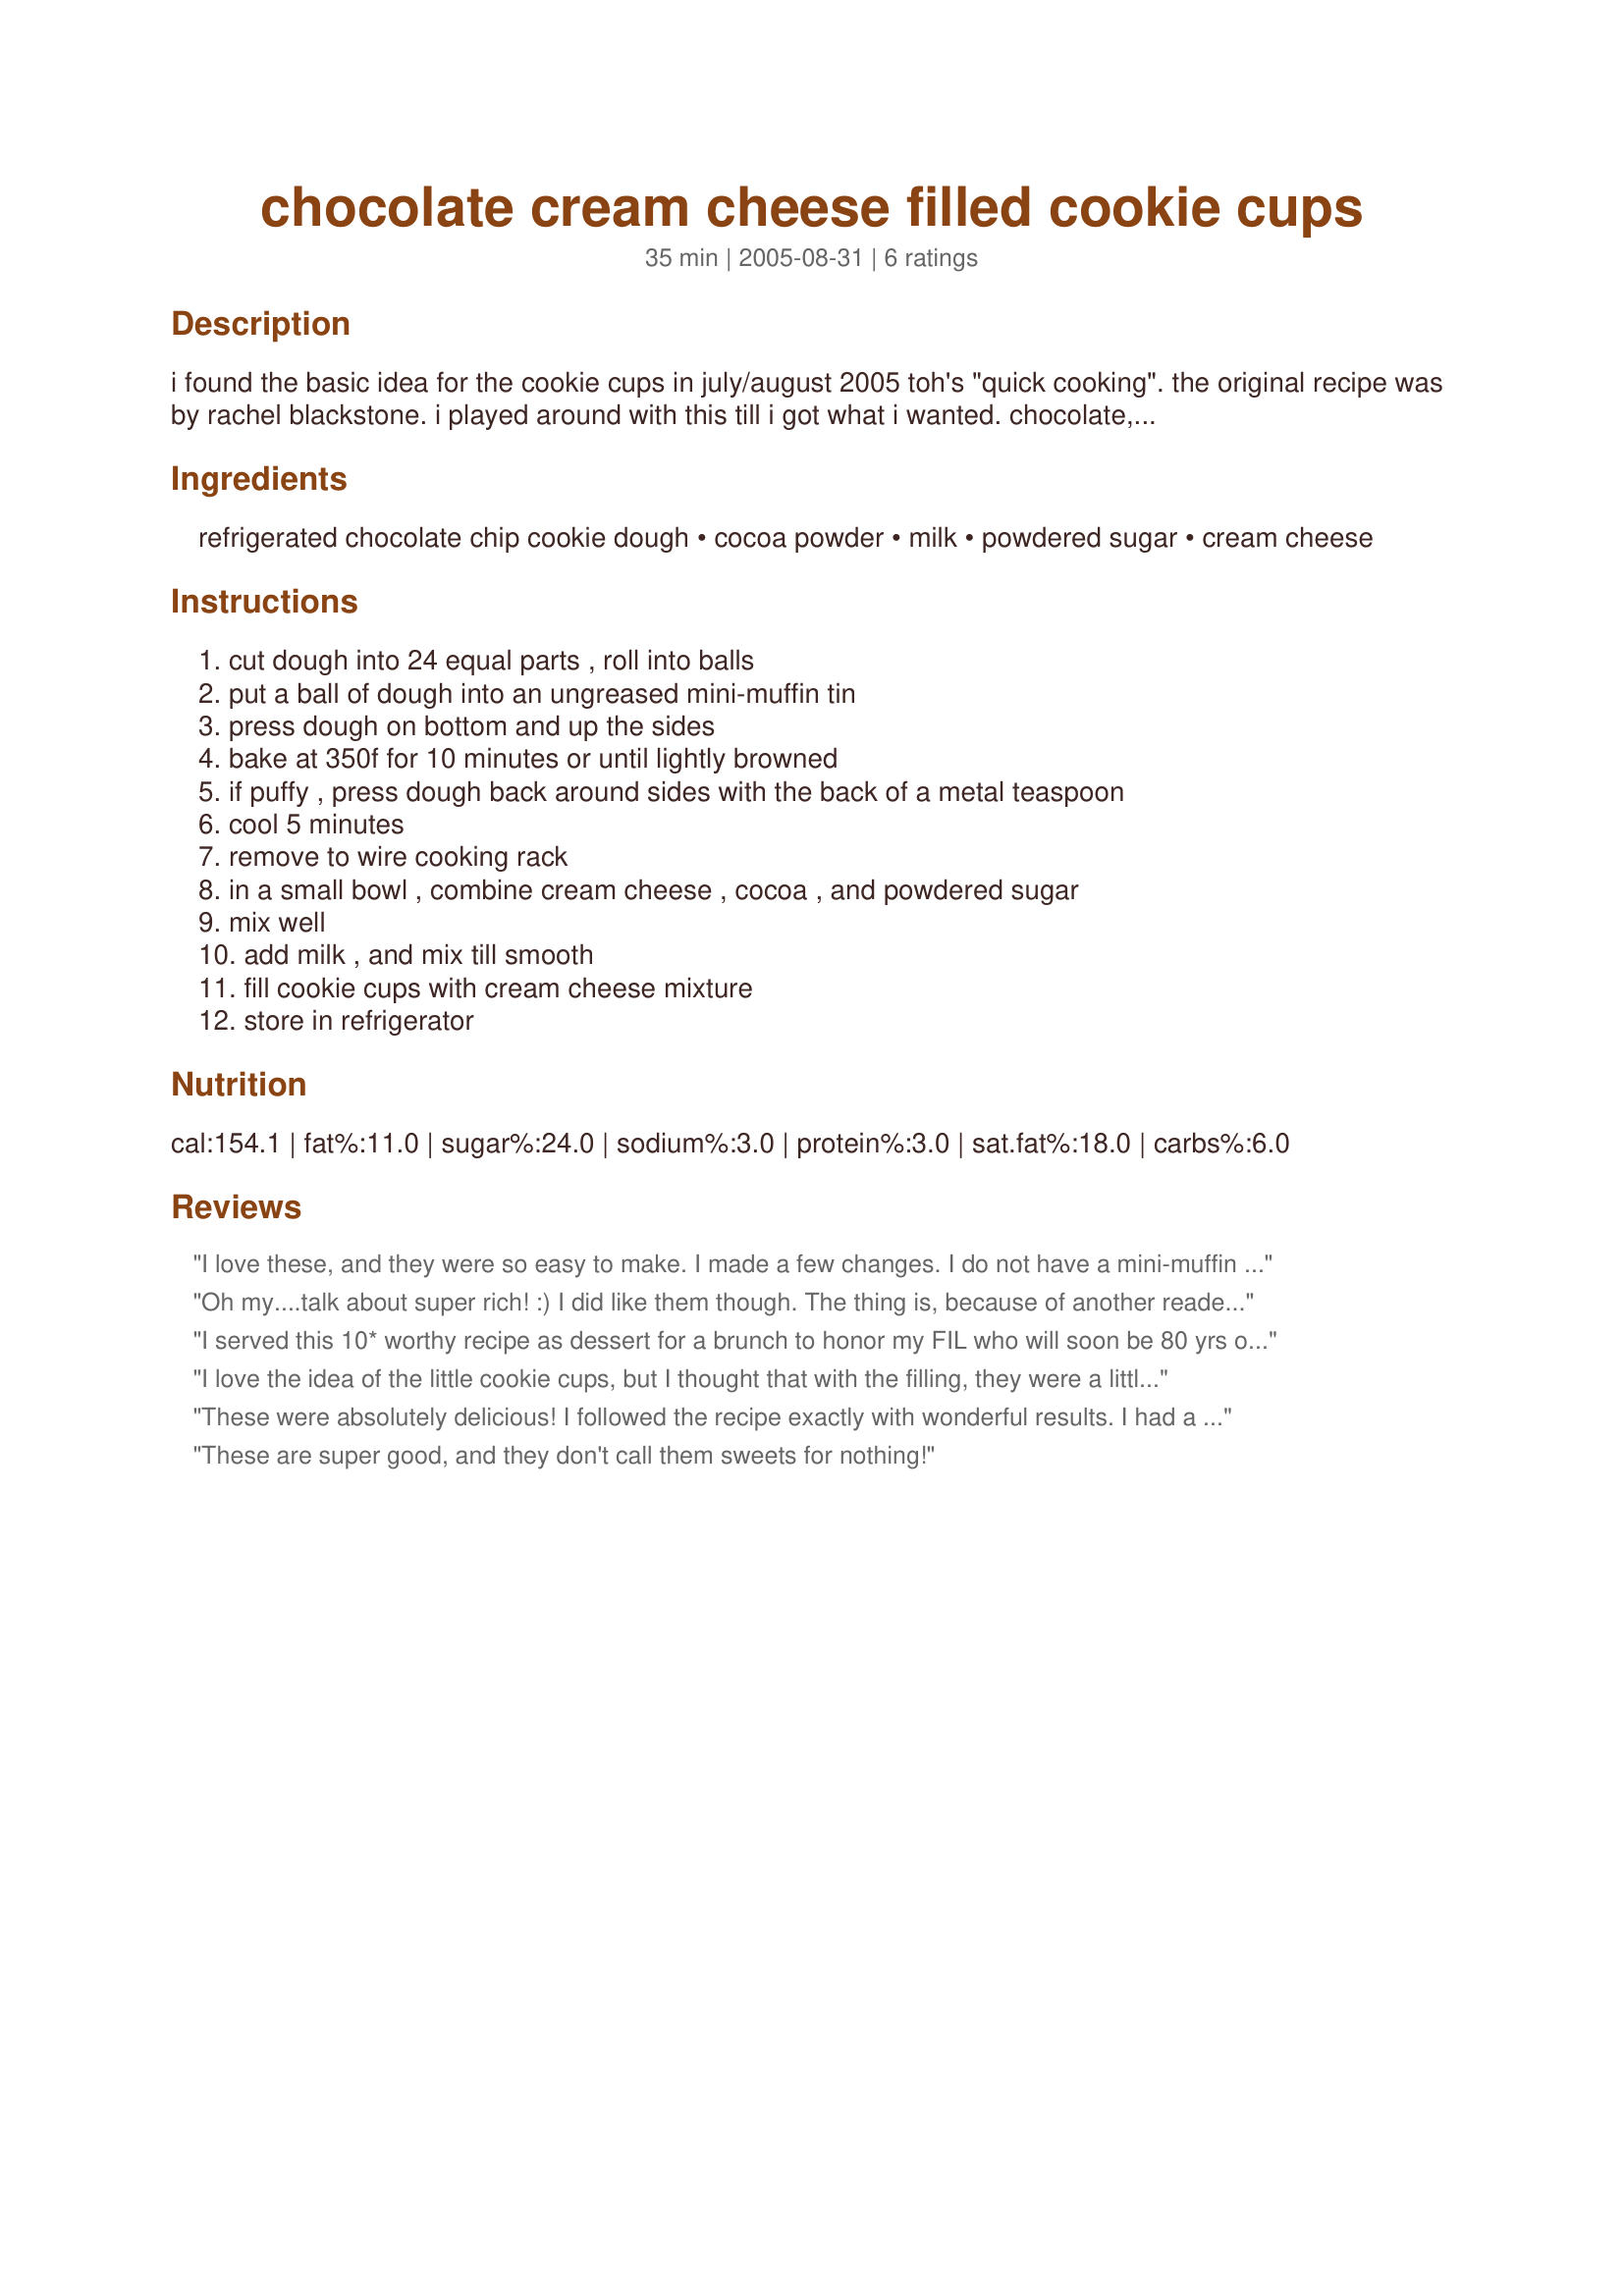
chocolate cream cheese filled cookie cups
Preparation time: 35 minutes

i found the basic idea for the cookie cups in july/august 2005 toh's "quick cooking". the original recipe was by rachel blackstone. i played around with this till i got what i wanted. chocolate, cream cheese, and chocolate chip cookies--what more could you want? posted august 30th 2005.

Ingredients:
refrigerated chocolate chip cookie dough, cocoa powder, milk, powdered sugar, cream cheese

Steps:
cut dough into 24 equal parts , roll into balls, put a ball of dough into an ungreased mini-muffin tin, press dough on bottom and up the sides, bake at 350f for 10 minutes or until lightly browned, if puffy , press dough back around sides with the back of a metal teaspoon, cool 5 minutes, remove to wire cooking rack, in a small bowl , combine cream cheese , cocoa , and powdered sugar, mix well, add milk , and mix till smooth, fill cookie cups with cream cheese mixture, store in refrigerator

Reviews:
I love these, and they were so easy to make. I made a few changes. I do not have a mini-muffin tin, so I made Six Texas-Size cookie cups and filled them with the chocolate cream cheese. I also added some Peanut Butter chips & Toffee Brickle to the cream cheese mixture and sprinkled some on top. I used the "Splenda Powdered Sugar" instead of regular powdered sugar and they turned out great. Thank you so much for this wonderful, quick dessert.
Oh my....talk about super rich! :) I did like them though. The thing is, because of another readers comment, I used unsweetend short crust pastry instead of cookie dough and they were still very rich! LOL! I couldn't eat more than 1, but what I did eat, I enjoyed. I recommend using a simple not-so-sweet cookie dough for the cups (or short crust pastry like I did)and only use a little of the cream cheese mixture in each cup. That way, it'll be just right! Great idea you have here shapeweaver!
I served this 10* worthy recipe as dessert for a brunch to honor my FIL who will soon be 80 yrs old & it was a huge hit! I have not seen packaged cookie dough here in Iceland, so I made my own using recipe #176115 by Forgiven for the cookie dough. I also do not have mini-muffin tins, so I used my mini-bundt baking form, sprayed it generously w/PAM & then filled the centre hole w/the chocolate cream after they were fully cooled & removed from the form. The outcome looked & tasted divine! This is a definite keeper for me, so thx for sharing this recipe. Yum!
I love the idea of the little cookie cups, but I thought that with the filling, they were a little too sweet and rich. I will try these again, but with sliced strawberries(instead of the filling)and then drizzled with a little chocolate sauce. Thanks for posting.
These were absolutely delicious! I followed the recipe exactly with wonderful results. I had a problem with 4 of my cookie cups sticking to my mini muffin pan, but I didnt have any problems with the others (weird!). But these were a hit at Christmas Eve dinner, everyone was raving about them! I think next time I might try the other reviewer's suggestion of toffee bits on top. Mmmm! Thanks for posting such a delicious and pleasing recipe. I will DEFINITELY be making these again!
These are super good, and they don't call them sweets for nothing!
